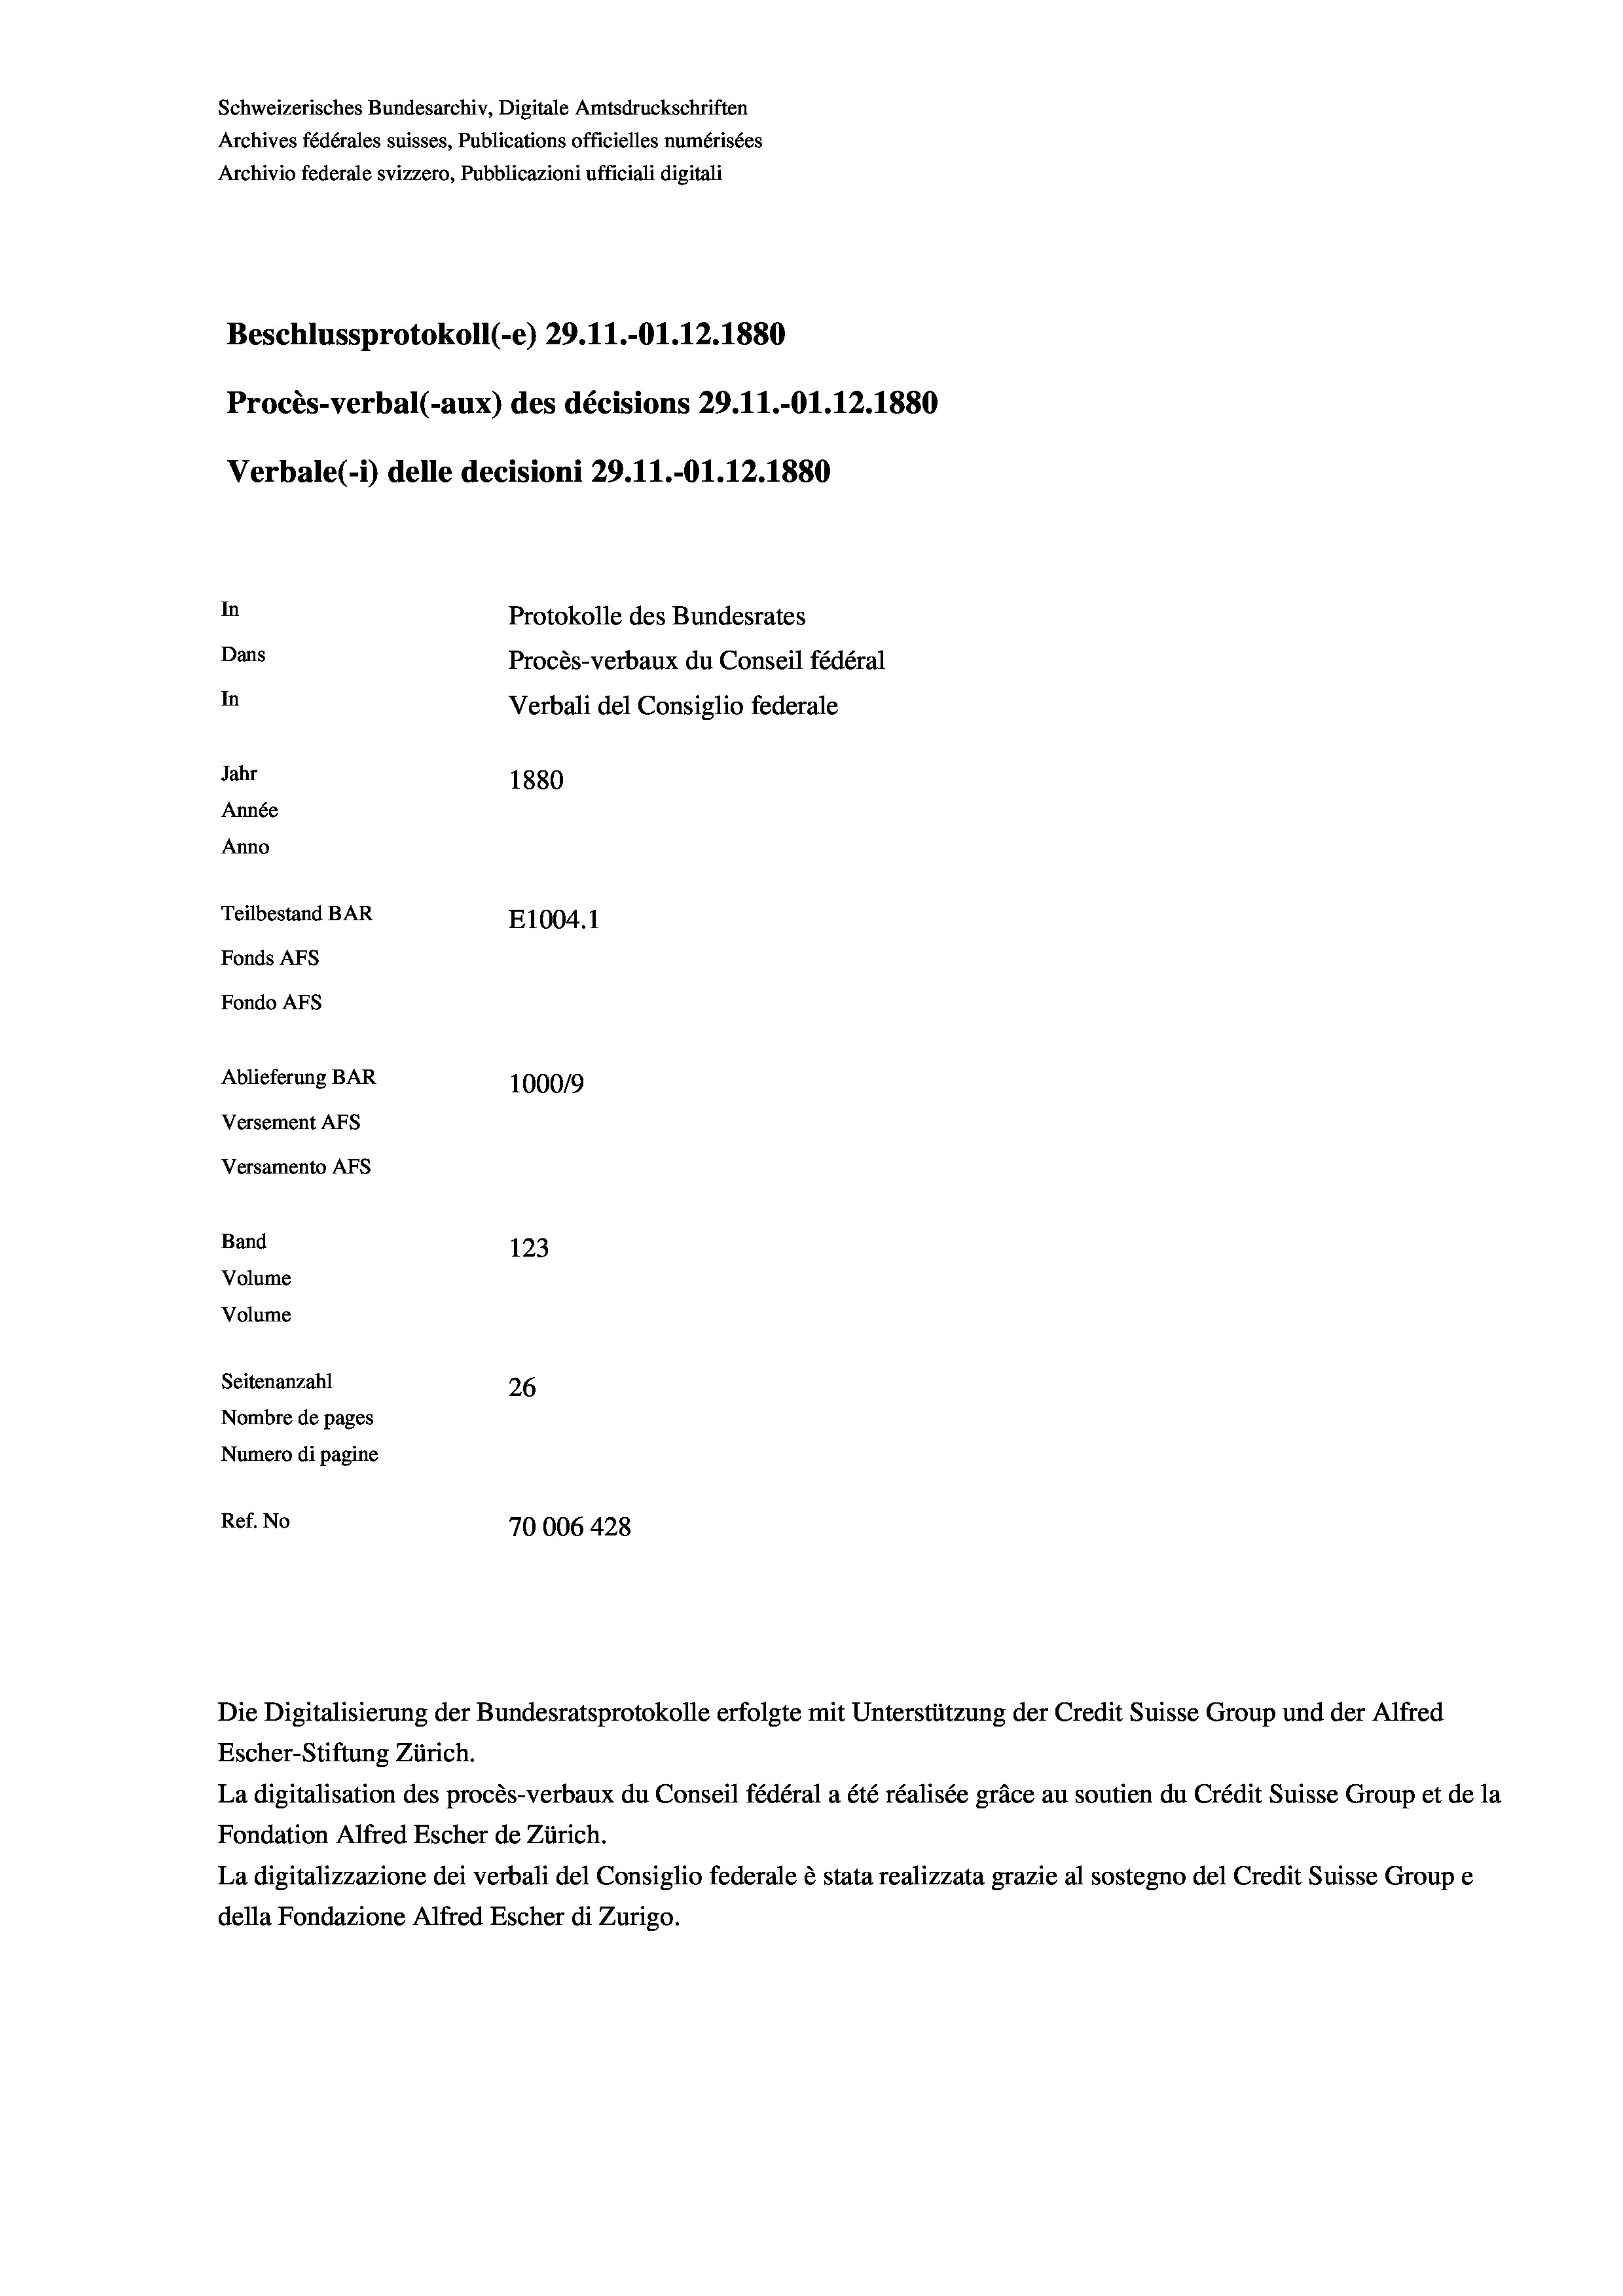
Schweizerisches Bundesarchiv, Digitale Amtsdruckschriften
Archives fédérales suisses, Publications officielles numérisées
Archivio federale svizzero, Pubblicazioni ufficiali digitali
Beschlussprotokoll (-e) 29. 11.-01.12.1880
Procès-verbal (-aux) des décisions 29.11.-O1.12.1880
Verbale(-*) delle decisioni 29. 11.-O1.12.1880
In
Protokolle des Bundesrates
Dans
Procès-verbaux du Conseil fédéral
In
Verbali del Consiglio federale
Jahr
1880
Année
Anno
Teilbestand BAR
E1004.1
Fonds AFs
Fondo AFS
Ablieferung BAR
100019
Versement AFs
Versamento Afs
Band
123
Volume
Volume
Seitenanzahl
26
Nombre de pages
Numero di pagine
Ref. No
70006 428

Die Digitalisierung der Bundesratsprotokolle erfolgte mit Unterstützung der Credit Suisse Group und der Alfred
Escher-Stiftung Zürich.
La digitalisation des procès-verbaux du Conseil fédéral a été réalisée gräce au soutien du Crédit Suisse Group et de la
Fondation Alfred Escher de Zürich.
La digitalizzazione dei verbali del Consiglio federale è stata realizzata grazie al sostegno del Credit Suisse Groupe
della Fondazione Alfred Escher di Zurigo.